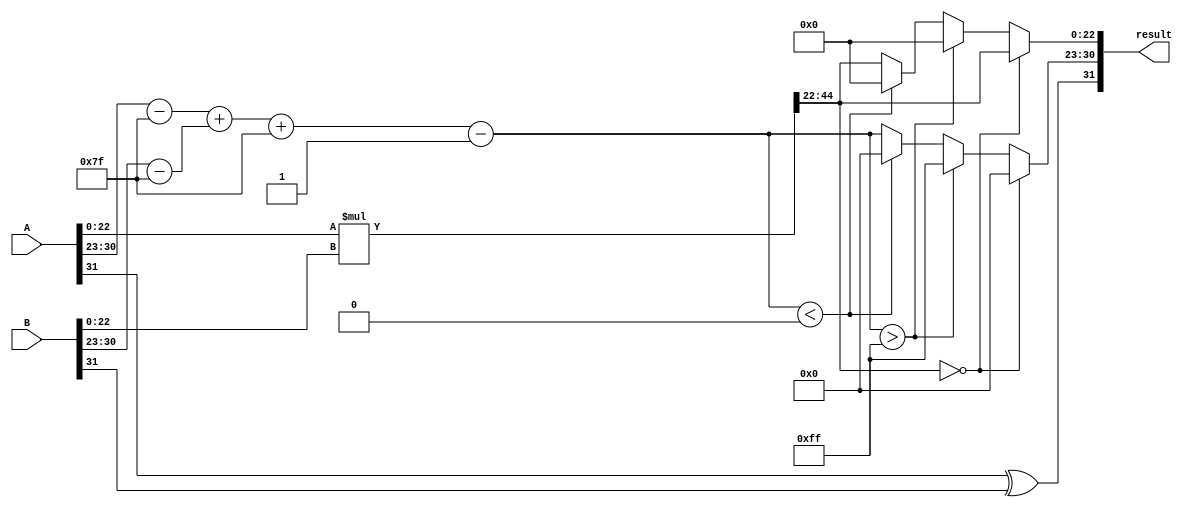
module floating_point_multiplier (
    input [31:0] A,      // First floating-point number
    input [31:0] B,      // Second floating-point number
    output reg [31:0] result // Result of multiplication
);

    // Internal signals for components of the floating-point numbers
    wire sign_A;
    wire sign_B;
    wire [7:0] exp_A, exp_B;
    wire [22:0] mant_A, mant_B;
    
    // Separating components
    assign sign_A = A[31];
    assign exp_A = A[30:23] - 8'd127; // Remove bias
    assign mant_A = {1'b1, A[22:0]};  // Implicit leading 1

    assign sign_B = B[31];
    assign exp_B = B[30:23] - 8'd127; // Remove bias
    assign mant_B = {1'b1, B[22:0]};  // Implicit leading 1

    // Calculate sign of result
    wire sign_result = sign_A ^ sign_B;

    // Calculate exponent of result
    wire signed [8:0] exp_result = exp_A + exp_B + 8'd127; // Add bias back

    // Mantissa multiplication (result will be 46 bits)
    wire [46:0] mant_result = mant_A * mant_B;

    // Normalization and rounding
    reg [7:0] final_exp;
    reg [22:0] final_mant;
    reg overflow;
    
    always @(*) begin
        // Initialize outputs
        final_exp = exp_result[7:0];
        final_mant = 23'b0;
        overflow = 1'b0;

        // Normalization
        if (mant_result[46]) begin // If the leading bit is 1 (not shifted)
            final_mant = mant_result[45:23];
        end else begin // If leading bit is 0 (need to shift right)
            final_mant = mant_result[44:22];
            final_exp = final_exp - 1; // Decrease exponent
        end

        // Check for zero mantissa and adjust exponent
        if (final_mant == 23'b0) begin
            final_exp = 8'b0; // Set exponent to zero if mantissa is zero
        end else if (final_exp > 8'd255) begin // Overflow check
            final_exp = 8'd255; // Set exponent to max for Infinity
            final_mant = 23'b0; // Mantissa is zero in case of Infinity
            overflow = 1'b1;
        end else if (final_exp < 8'd0) begin // Underflow condition
            final_exp = 8'b0; // Set exponent to zero
            final_mant = 23'b0; // Mantissa is zero
        end

        // Rounding to nearest even not implemented for simplicity
        // Typically, you'd use LSB of mantissa to decide the rounding

        // Assemble final result
        result = {sign_result, final_exp, final_mant};
    end

endmodule